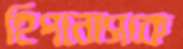
হিপনোসকে